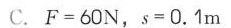
C.$$F = 6 0 N$$，$$s = 0 . 1 m$$